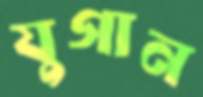
যুগান